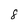
Character: 8